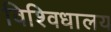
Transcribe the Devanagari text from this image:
विश्विधालय